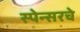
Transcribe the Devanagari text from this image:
स्पेन्सरचे